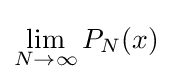
\lim _{N\to \infty }P_{N}(x)